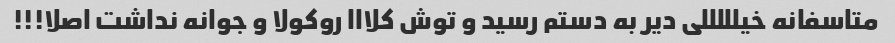
متاسفانه خیلللللی دیر به دستم رسید و توش کلااا روکولا و جوانه نداشت اصلا!!!